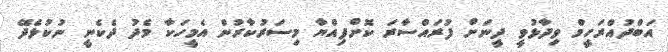
އަބްދުއްރަހީމް ވިދާޅުވީ ދީނަށް ފުރައްސާރަ ކޮށްފިއްޔާ މިސަރުކާރުން އެމީހަކާ މެދު ދެކެނީ ނުކުޅެދޭ